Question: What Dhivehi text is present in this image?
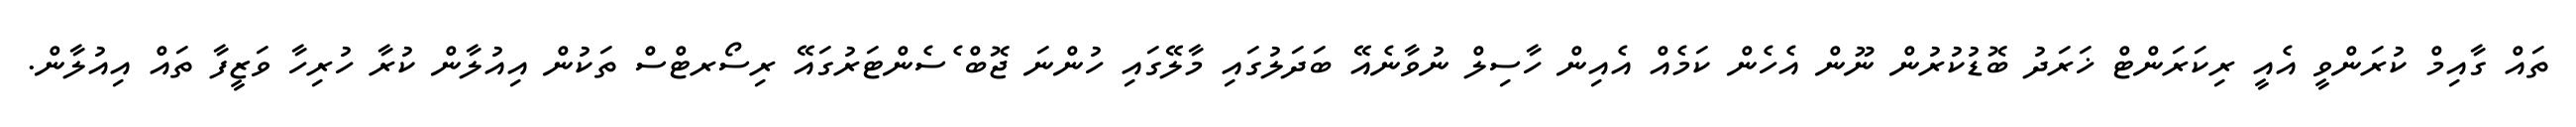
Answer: ތައް ގާއިމް ކުރަންވީ އެއީ ރިކަރަންޓް ޚަރަދު ބޮޑުކުރުން ނޫން އެހެން ކަމެއް އެއިން ހާސިލް ނުވާނެއޭ ބަދަލުގައި މާލޭގައި ހުންނަ ޖޮބް ެސެންޓަރުގައޭ ރިސޯރޓްސް ތަކުން އިއުލާން ކުރާ ހުރިހާ ވަޒީފާ ތައް އިއުލާން.